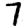
Digit: 7